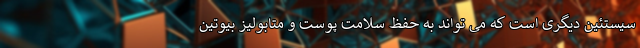
سیستئین دیگری است که می تواند به حفظ سلامت پوست و متابولیز بیوتین